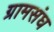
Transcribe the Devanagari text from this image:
ग्रामसंघ